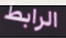
الرابط